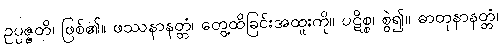
ဥပ္ပဇ္ဇတိ၊ ဖြစ်၏။ ဖဿနာနတ္တံ၊ တွေ့ထိခြင်းအထူးကို။ ပဋိစ္စ၊ စွဲ၍။ ဓာတုနာနတ္တံ၊